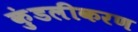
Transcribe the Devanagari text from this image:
कुंडलीकरण